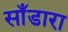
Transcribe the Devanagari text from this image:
साँडारा